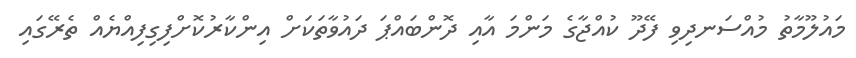
މައުލޫމާތު މުއްސަނދިވި ފޭދޫ ކުއްޖާގެ މަންމަ އާއި ދޮންބައްޕަ ދައުވާތަކަށް އިންކާރުކޮށްފިގިފިއްޔެއް ތެރޭގައި